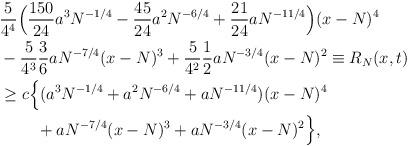
LaTeX: \begin{align*}&\frac{5}{4^4} \Big( \frac{150}{24}a^3 N^{-1/4}-\frac{45}{24} a^2 N^{-6/4}+\frac{21}{24}a N^{-11/4}\Big)(x-N)^4\\&-\frac5{4^3}\frac36 a N^{-7/4} (x-N)^3+\frac5{4^2}\frac12 a N^{-3/4} (x-N)^2\equiv R_N(x,t)\\&\ge c\Big\{ (a^3N^{-1/4}+a^2N^{-6/4}+aN^{-11/4}) (x-N)^4\\&\;\;\;\;\;\;\;\;+ aN^{-7/4}(x-N)^3 + a N^{-3/4}(x-N)^2\Big\},\end{align*}